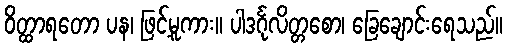
ဝိတ္ထာရတော ပန၊ ဖြင့်မူကား။ ပါဒင်္ဂုလိတ္တစော၊ ခြေချောင်းရေသည်။